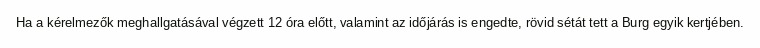
Ha a kérelmezők meghallgatásával végzett 12 óra előtt, valamint az időjárás is engedte, rövid sétát tett a Burg egyik kertjében.